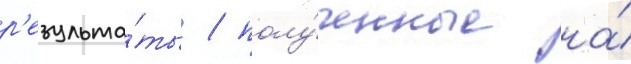
р'езульта́ты / полу́ченные на́